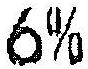
6%